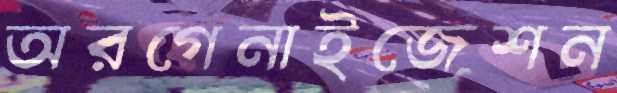
অরগেনাইজেশন